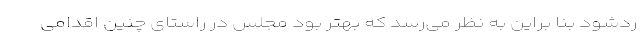
ردشود بنا براین به نظر می‌رسد که بهتر بود مجلس در راستای چنین اقدامی